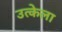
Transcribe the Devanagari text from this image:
उत्केला